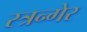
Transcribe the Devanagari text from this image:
स्त्रन्गेर